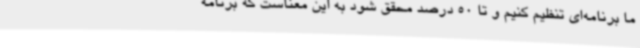
ما برنامه‌ای تنظیم کنیم و تا 50 درصد محقق شود به این معناست که برنامه